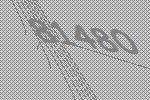
81480